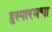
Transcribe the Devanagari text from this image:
हुस्पारमचा